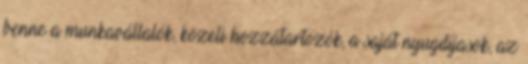
benne a munkavállalók, közeli hozzátartozók, a saját nyugdíjasok, az